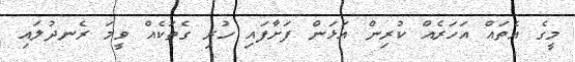
މީގެ އެތައް އަހަރެއް ކުރިން އަޅަން ފަށާފައި ހުރި ގެތަކެއް ވީމަ ރެނދުލައި